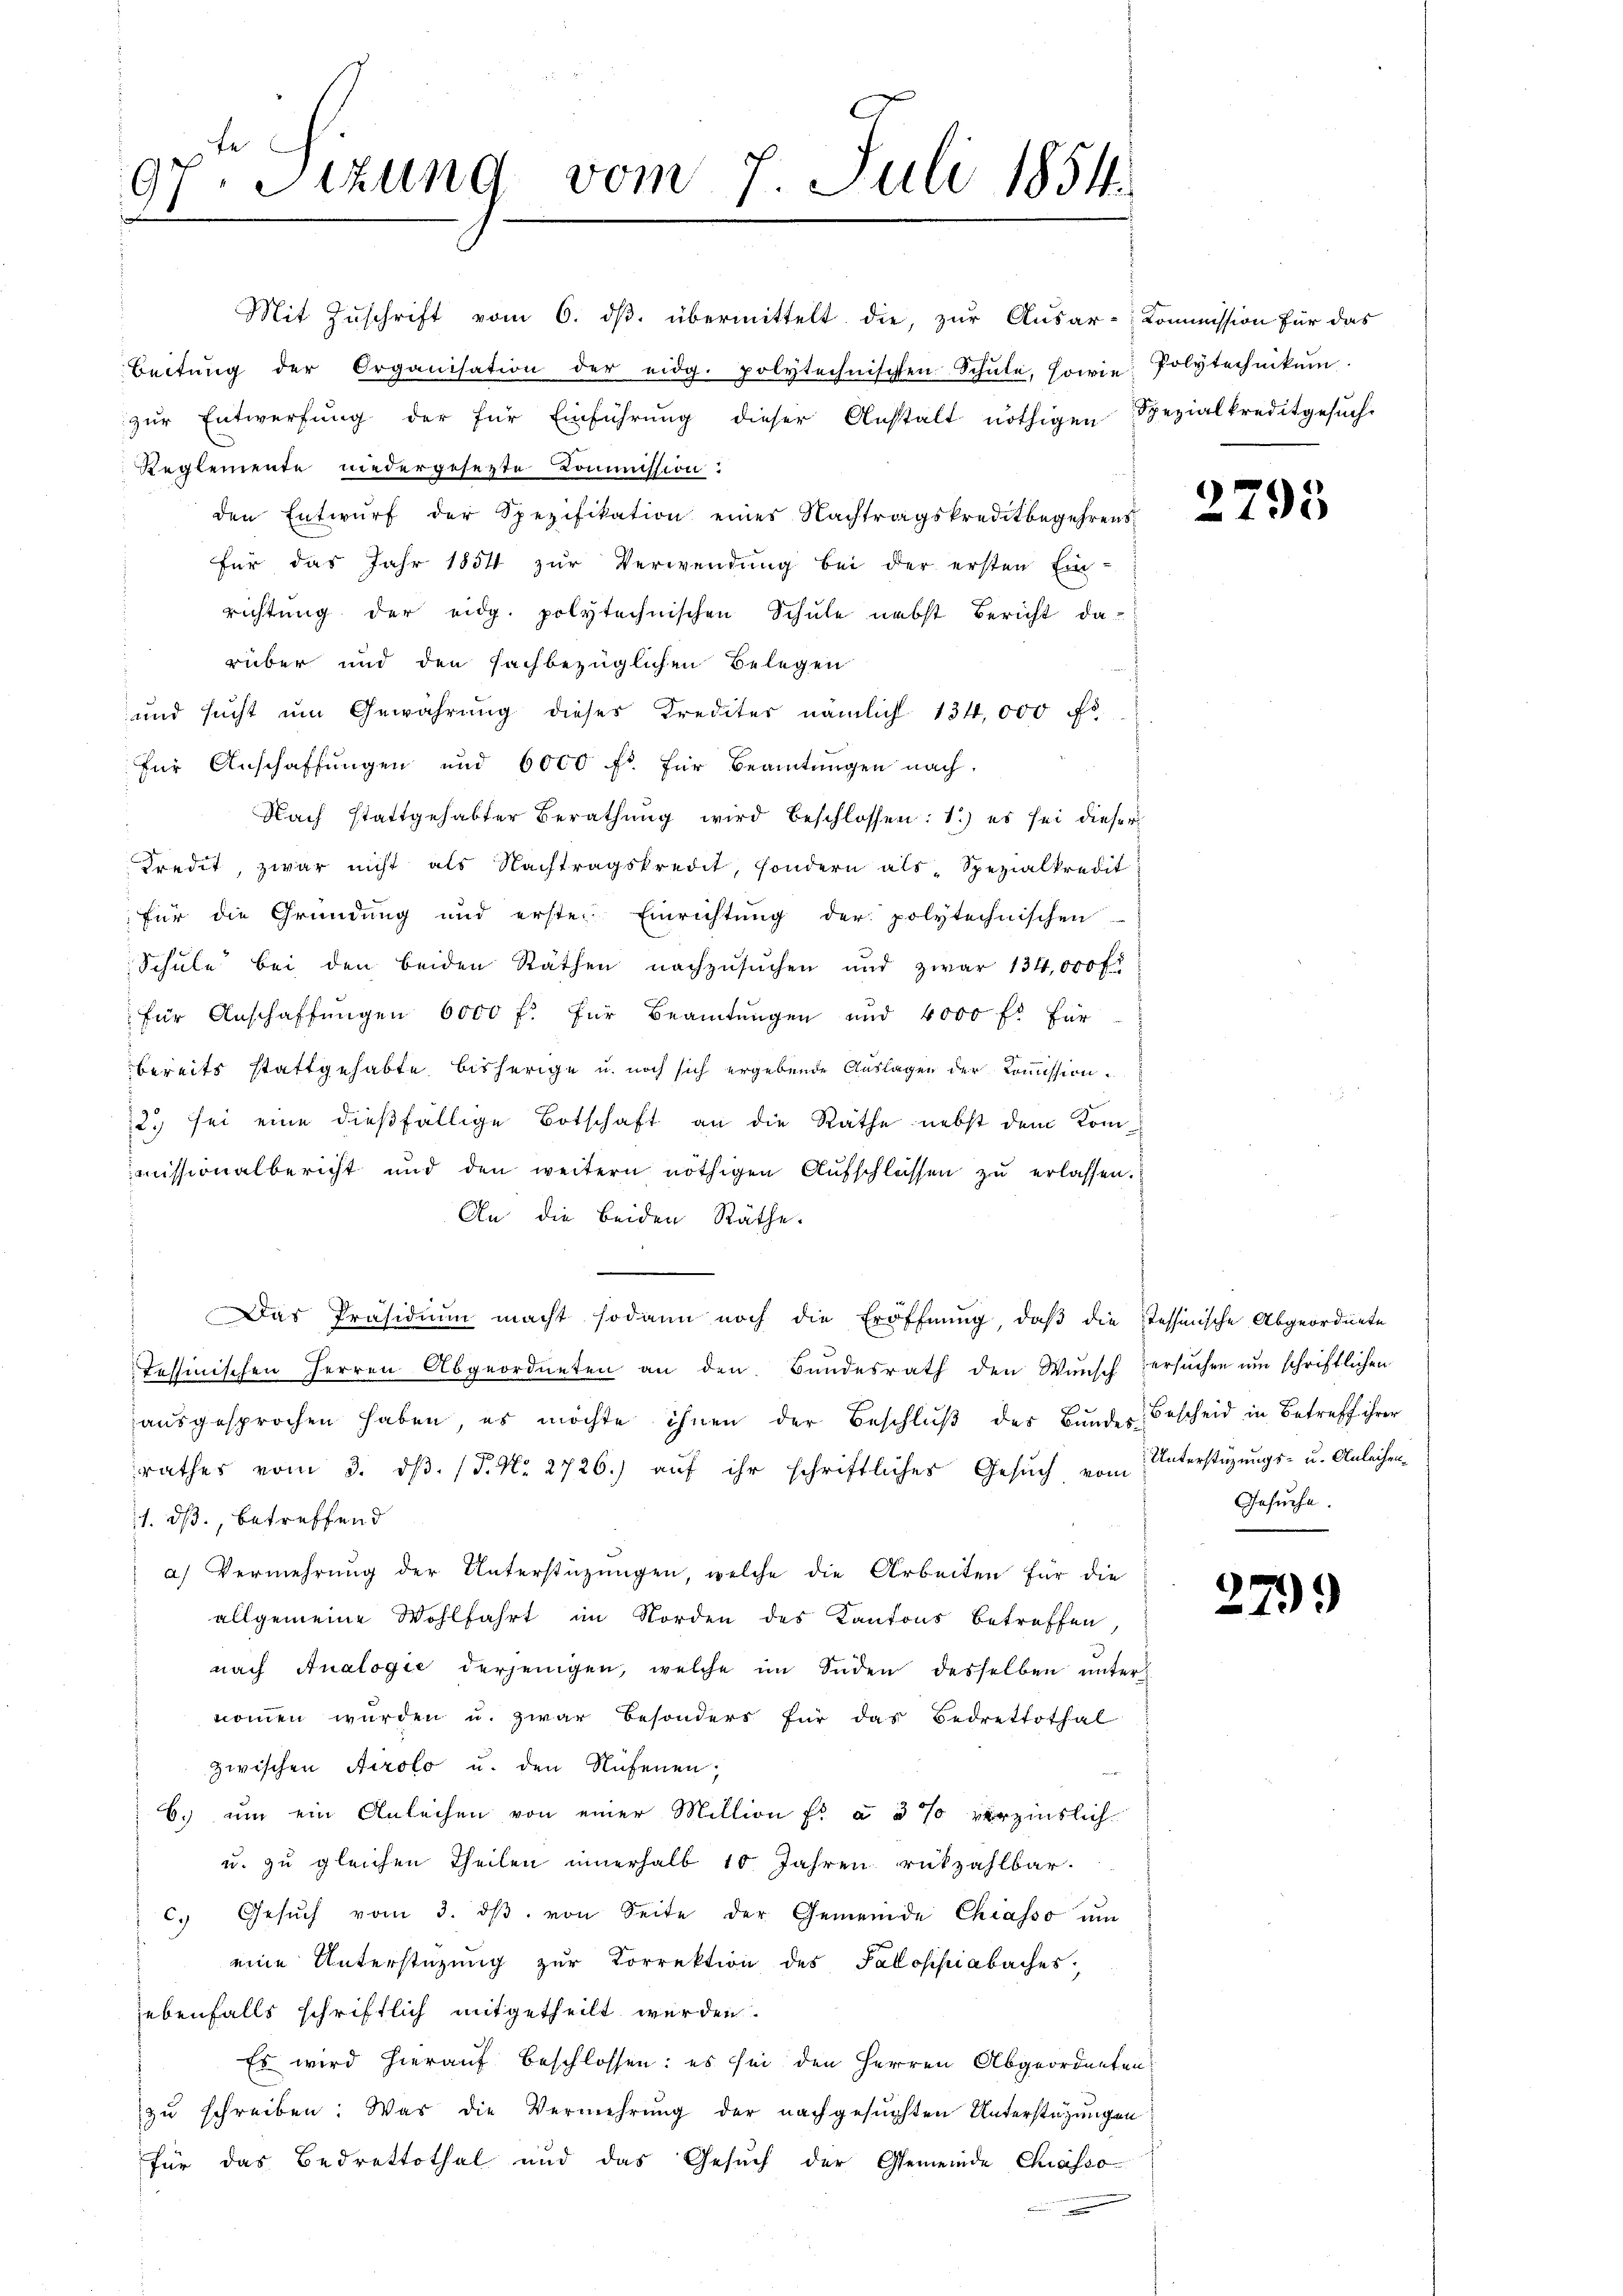
97. Sitzung vom 7. Juli 1854.
B
e

Mit Zuschrift vom 6. ds. übermittelt die, zur Ausar-Kommission für das
Beitŭng der Organisation der eidg. Polytechnischen Schŭle, sowie Polytechnikum.
zŭr Entwerfŭng der für Einführŭng dieser Anstalt nöthigen Spezialkreditgesŭch.
Reglemente niedergesezte Kommission:
den Entwŭrf der Spezifikation eines Nachtragskreditbegehrens
für das Jahr 1854 zur Verwendung bei der ersten Ein-
richtung der eidg. polytechnischen Schule nebst Bericht da-
rüber und den fachbezüglichen Belegen
und sucht um Gewährung dieses Krediter nämlich 134,000 Fr.
für Anschaffungen und 6000 fl für Beamtungen nach
Nach stattgehabter Berathŭng wird beschlossen: 1.) es sei dieser
Kredit, zwar nicht als Nachtragskredit, sondern als „Spezialkredit
für die Gründung und erste Einrichtŭng der polytechnischen
Schule bei den beiden Räthen nachzusuchen und zwar 134,000 f
für Anschaffungen 6000 f. für Beamtungen und 4000 fr für
bereits stattgehabte bisherige u. noch sich ergebende Auslagen der Kommission.
12.) sei eine dießfällige Botschaft an die Räthe nebst dem Kommissionalbericht und den weitern nöthigen Aŭfschlüssen zŭ erlassen.
An die beiden Räthe.
.
Das Präsidiŭm macht sodann noch die Eröffnŭng, daβ die Tessinische Abgeordnete
Tessinischen Herren Abgeordneten an den Bŭndesrath den Wŭnsch ersŭchen ŭm schriftlichen
aŭsgesprochen haben, es möchte ihnen der Beschlŭβ des Bunder Bescheid in Betreff ihrer
rathes vom 3. dβ. (T. N. 2726.) auf ihr schriftliches Gesŭch vom
11. ds., betreffend
a) Vermehrung der Unterstützŭngen, welche die Arbeiten für die
allgemeine Wohlfahrt im Norden des Kantons betreffen,
nach Analogie derjenigen, welche im Süden desselben unter
nommen würden u. zwar besonders für das Bedrettothal
zwischen Airolo u. den Rufenen,
6.) um ein Anleihen von einer Million fr. à 5 % verzinslich
u. zu gleichen Theilen innerhalb 10 Jahren rükzahlbar.
c. Gesŭch vom 3. dβ von Seite der Gemeinde Chiasso um
eine Unterstüzung zŭr Korrektion des Fallosipiabaches
ebenfalls schriftlich mitgetheilt werden.
Es wird hierauf beschlossen: es sei den Herren Abgeordneten
zu schreiben. Was die Vermehrung der nachgesuchten Unterstützungen
für das Bedrettothal und das Gesuch der Gemeinde Chiasso
.

2795

Unterstüzungs- u. Anleihen¬
Gesuche.

279